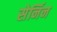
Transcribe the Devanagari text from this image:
सेर्निन